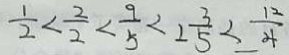
\frac { 1 } { 2 } < \frac { 2 } { 2 } < \frac { 9 } { 5 } < 2 \frac { 3 } { 5 } < \frac { 1 2 } { 4 }